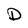
Character: D